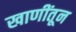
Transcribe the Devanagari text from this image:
खाणींतून